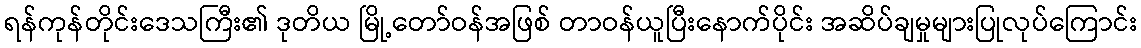
ရန်ကုန်တိုင်းဒေသကြီး၏ ဒုတိယ မြို့တော်ဝန်အဖြစ် တာဝန်ယူပြီးနောက်ပိုင်း အဆိပ်ချမှုများပြုလုပ်ကြောင်း